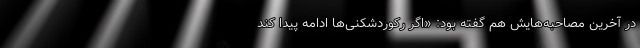
در آخرین مصاحبه‌هایش هم گفته بود: «اگر رکوردشکنی‌ها ادامه پیدا کند